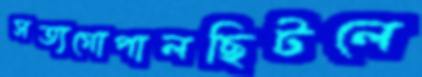
সত্যগোপালছিটলে